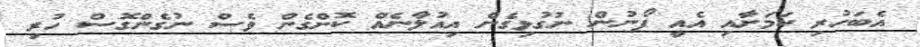
އެބަހުރި ކަމަށާއި އެއީ ފޯނުން ނުގުޅިގެން އިއުލާނެއް ކޮށްގެން ވެސް ނުގެންގޮސް ހުރި